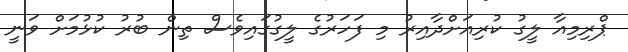
ޕްރިމިއާ ލީގު ކުރިއަށްދާއިރު މި ފަހަރުގެ ލީގުގައިވެސް ތިން ބުރު ކުޅުމަށް ވަނީ